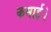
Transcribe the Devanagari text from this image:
कमाई।